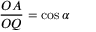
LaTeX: { \frac { O A } { O Q } } = \cos \alpha